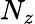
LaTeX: N_{z}